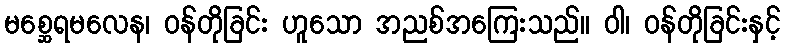
မစ္ဆေရမလေန၊ ဝန်တိုခြင်း ဟူသော အညစ်အကြေးသည်။ ဝါ၊ ဝန်တိုခြင်းနှင့်